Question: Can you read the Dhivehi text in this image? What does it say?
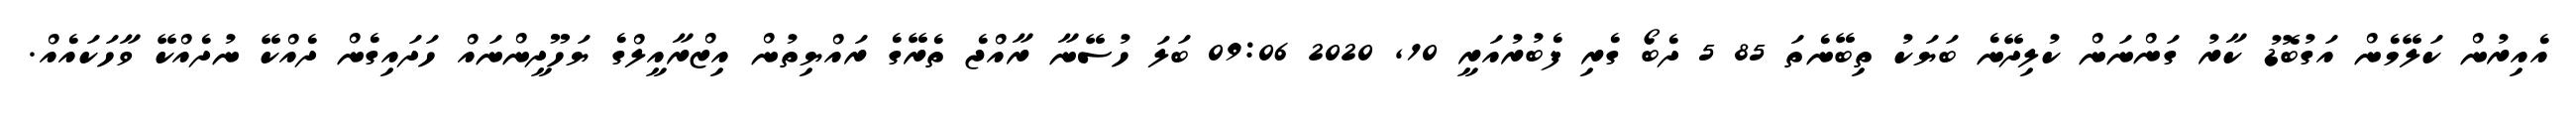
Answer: އެއިރުން ކަލޭމެން އަގުބޮޑު ކާރު ގަންނަން ކުލިދޭނެ ބަޔަކު ތިބޭނެތަ 85 5 ދެބޯ ގެރި ފެބުރުއަރީ 10, 2020 09:06 ބަލަ ހުސޭނާ ރާއްޖެ ތެރޭގެ ރައްޔިތުން އިޒްރާއީލްގެ ޔަހޫދީންނައް ހަދައިގެން ދެއްކޭ ނުދެއްކޭ ވާހަކައެއް.